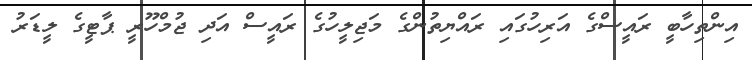
އިންތިހާބީ ރައީސްގެ އަރިހުގައި ރައްޔިތުންގެ މަޖިލީހުގެ ރައީސް އަދި ޖުމްހޫރީ ޕާޓީގެ ލީޑަރު